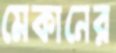
মেকানের